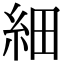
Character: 細